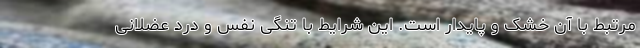
مرتبط با آن خشک و پایدار است. این شرایط با تنگی نفس و درد عضلانی